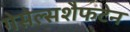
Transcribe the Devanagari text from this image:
गेसेल्सशैफटेन